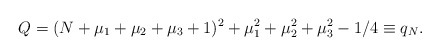
\begin{align*}Q=(N+\mu_1+\mu_2+\mu_3+1)^2+\mu_1^2+\mu_2^2+\mu_3^2-1/4\equiv q_{N}.\end{align*}